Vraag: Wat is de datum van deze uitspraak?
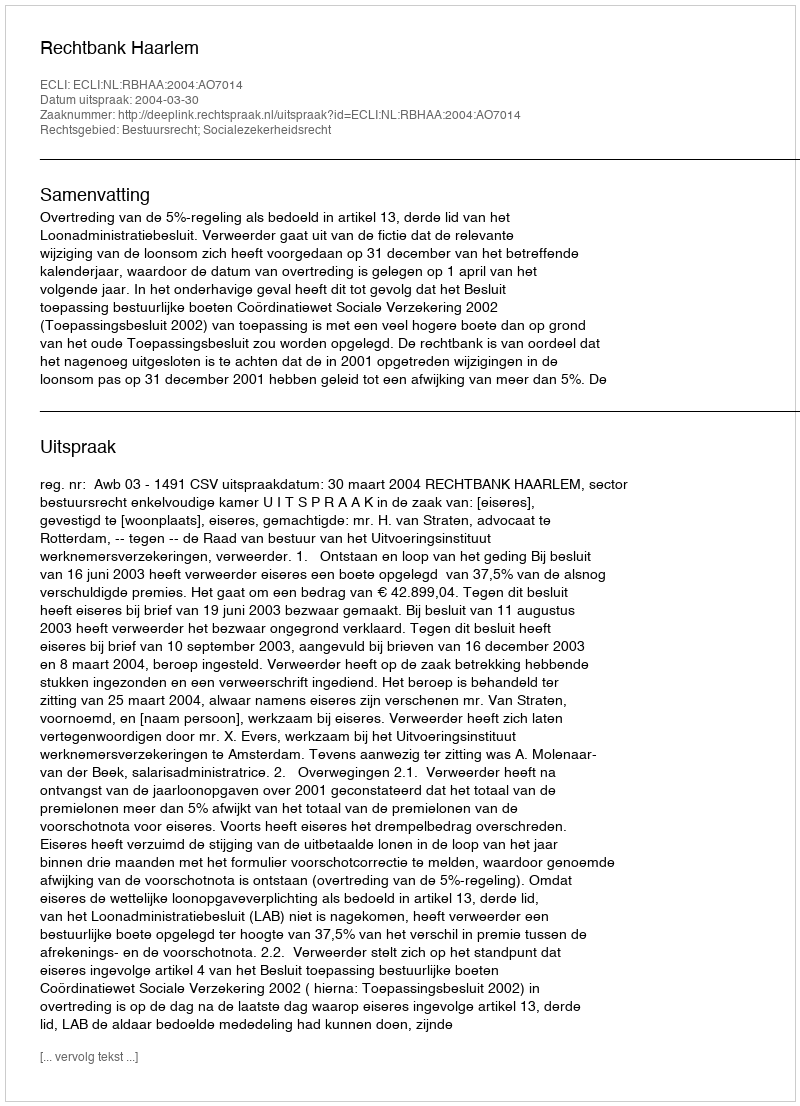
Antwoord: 2004-03-30